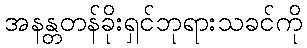
အနန္တတန်ခိုးရှင်ဘုရားသခင်ကို